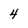
Character: 4